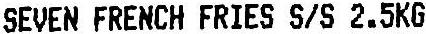
SEVEN FRENCH FRIES S/S 2.5KG